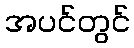
အပင်တွင်